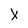
Character: X